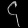
Digit: ၄